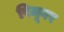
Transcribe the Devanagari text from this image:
रिमूवर